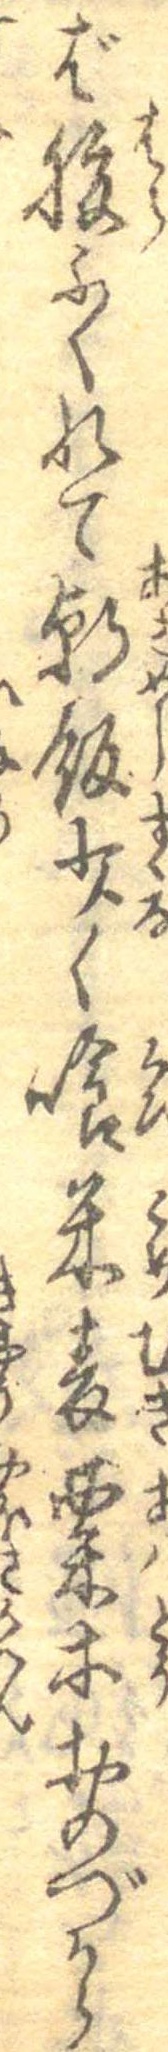
ば腹ふくれて朝飯少く喰米麦粟等おのづから